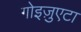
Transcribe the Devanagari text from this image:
गोइज़ुएटा